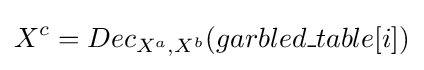
X^{c}=Dec_{X^{a},X^{b}}(garbled\_table[i])